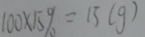
1 0 0 \times 1 5 \% = 1 5 ( g )